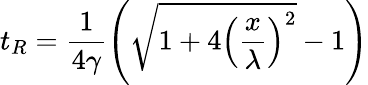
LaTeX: t_{R}=\frac{1}{4\gamma}\left(\sqrt{1+4\left(\frac{x}{\lambda}\right)^{2}}-1\right)